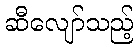
ဆီလျော်သည့်